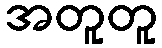
အတူတူ